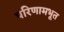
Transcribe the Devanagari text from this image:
परिणामभूत